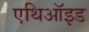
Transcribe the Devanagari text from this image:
एथिऑइड